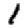
Digit: 1